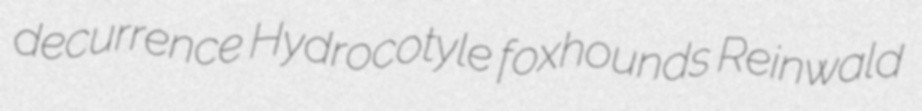
decurrence Hydrocotyle foxhounds Reinwald